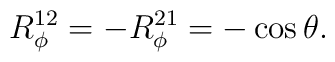
R^{12}_\phi = - R^{21}_\phi = - \cos \theta.